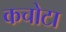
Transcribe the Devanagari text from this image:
कचोटा